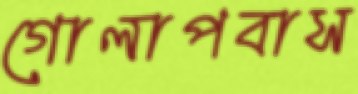
গোলাপবাস